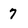
Character: 7